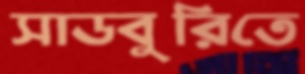
সাডবুরিতে